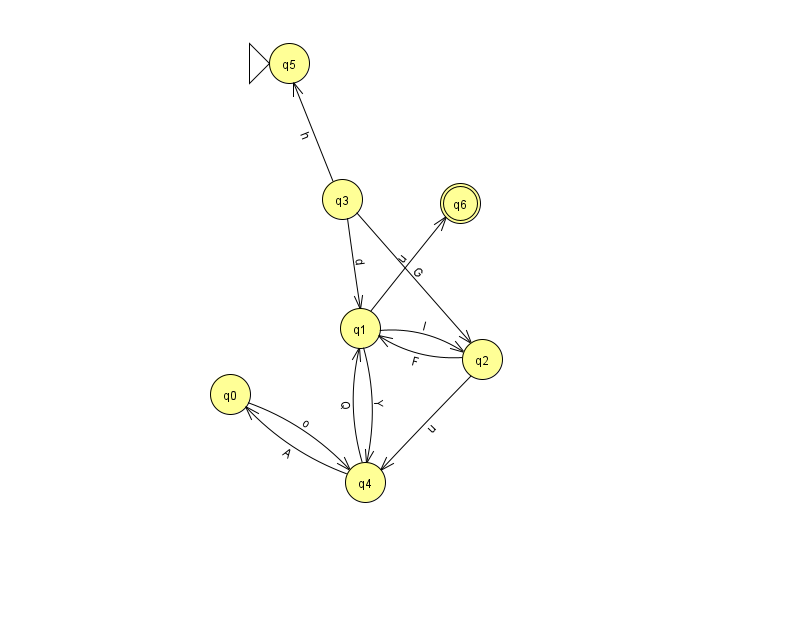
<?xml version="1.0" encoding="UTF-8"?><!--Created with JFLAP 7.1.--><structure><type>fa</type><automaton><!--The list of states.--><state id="0" name="q0"><x>230.0</x><y>381.0</y></state><state id="1" name="q1"><x>360.0</x><y>315.0</y></state><state id="2" name="q2"><x>482.0</x><y>346.0</y></state><state id="3" name="q3"><x>342.0</x><y>186.0</y></state><state id="4" name="q4"><x>365.0</x><y>469.0</y></state><state id="5" name="q5"><x>289.0</x><y>50.0</y><initial/></state><state id="6" name="q6"><x>460.0</x><y>190.0</y><final/></state><!--The list of transitions.--><transition><from>1</from><to>4</to><read>Y</read></transition><transition><from>1</from><to>6</to><read>u</read></transition><transition><from>3</from><to>2</to><read>G</read></transition><transition><from>2</from><to>4</to><read>u</read></transition><transition><from>0</from><to>4</to><read>o</read></transition><transition><from>1</from><to>2</to><read>I</read></transition><transition><from>4</from><to>0</to><read>A</read></transition><transition><from>4</from><to>1</to><read>Q</read></transition><transition><from>2</from><to>1</to><read>F</read></transition><transition><from>3</from><to>5</to><read>h</read></transition><transition><from>3</from><to>1</to><read>d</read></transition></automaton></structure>